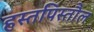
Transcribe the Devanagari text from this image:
हस्तपिस्तौल